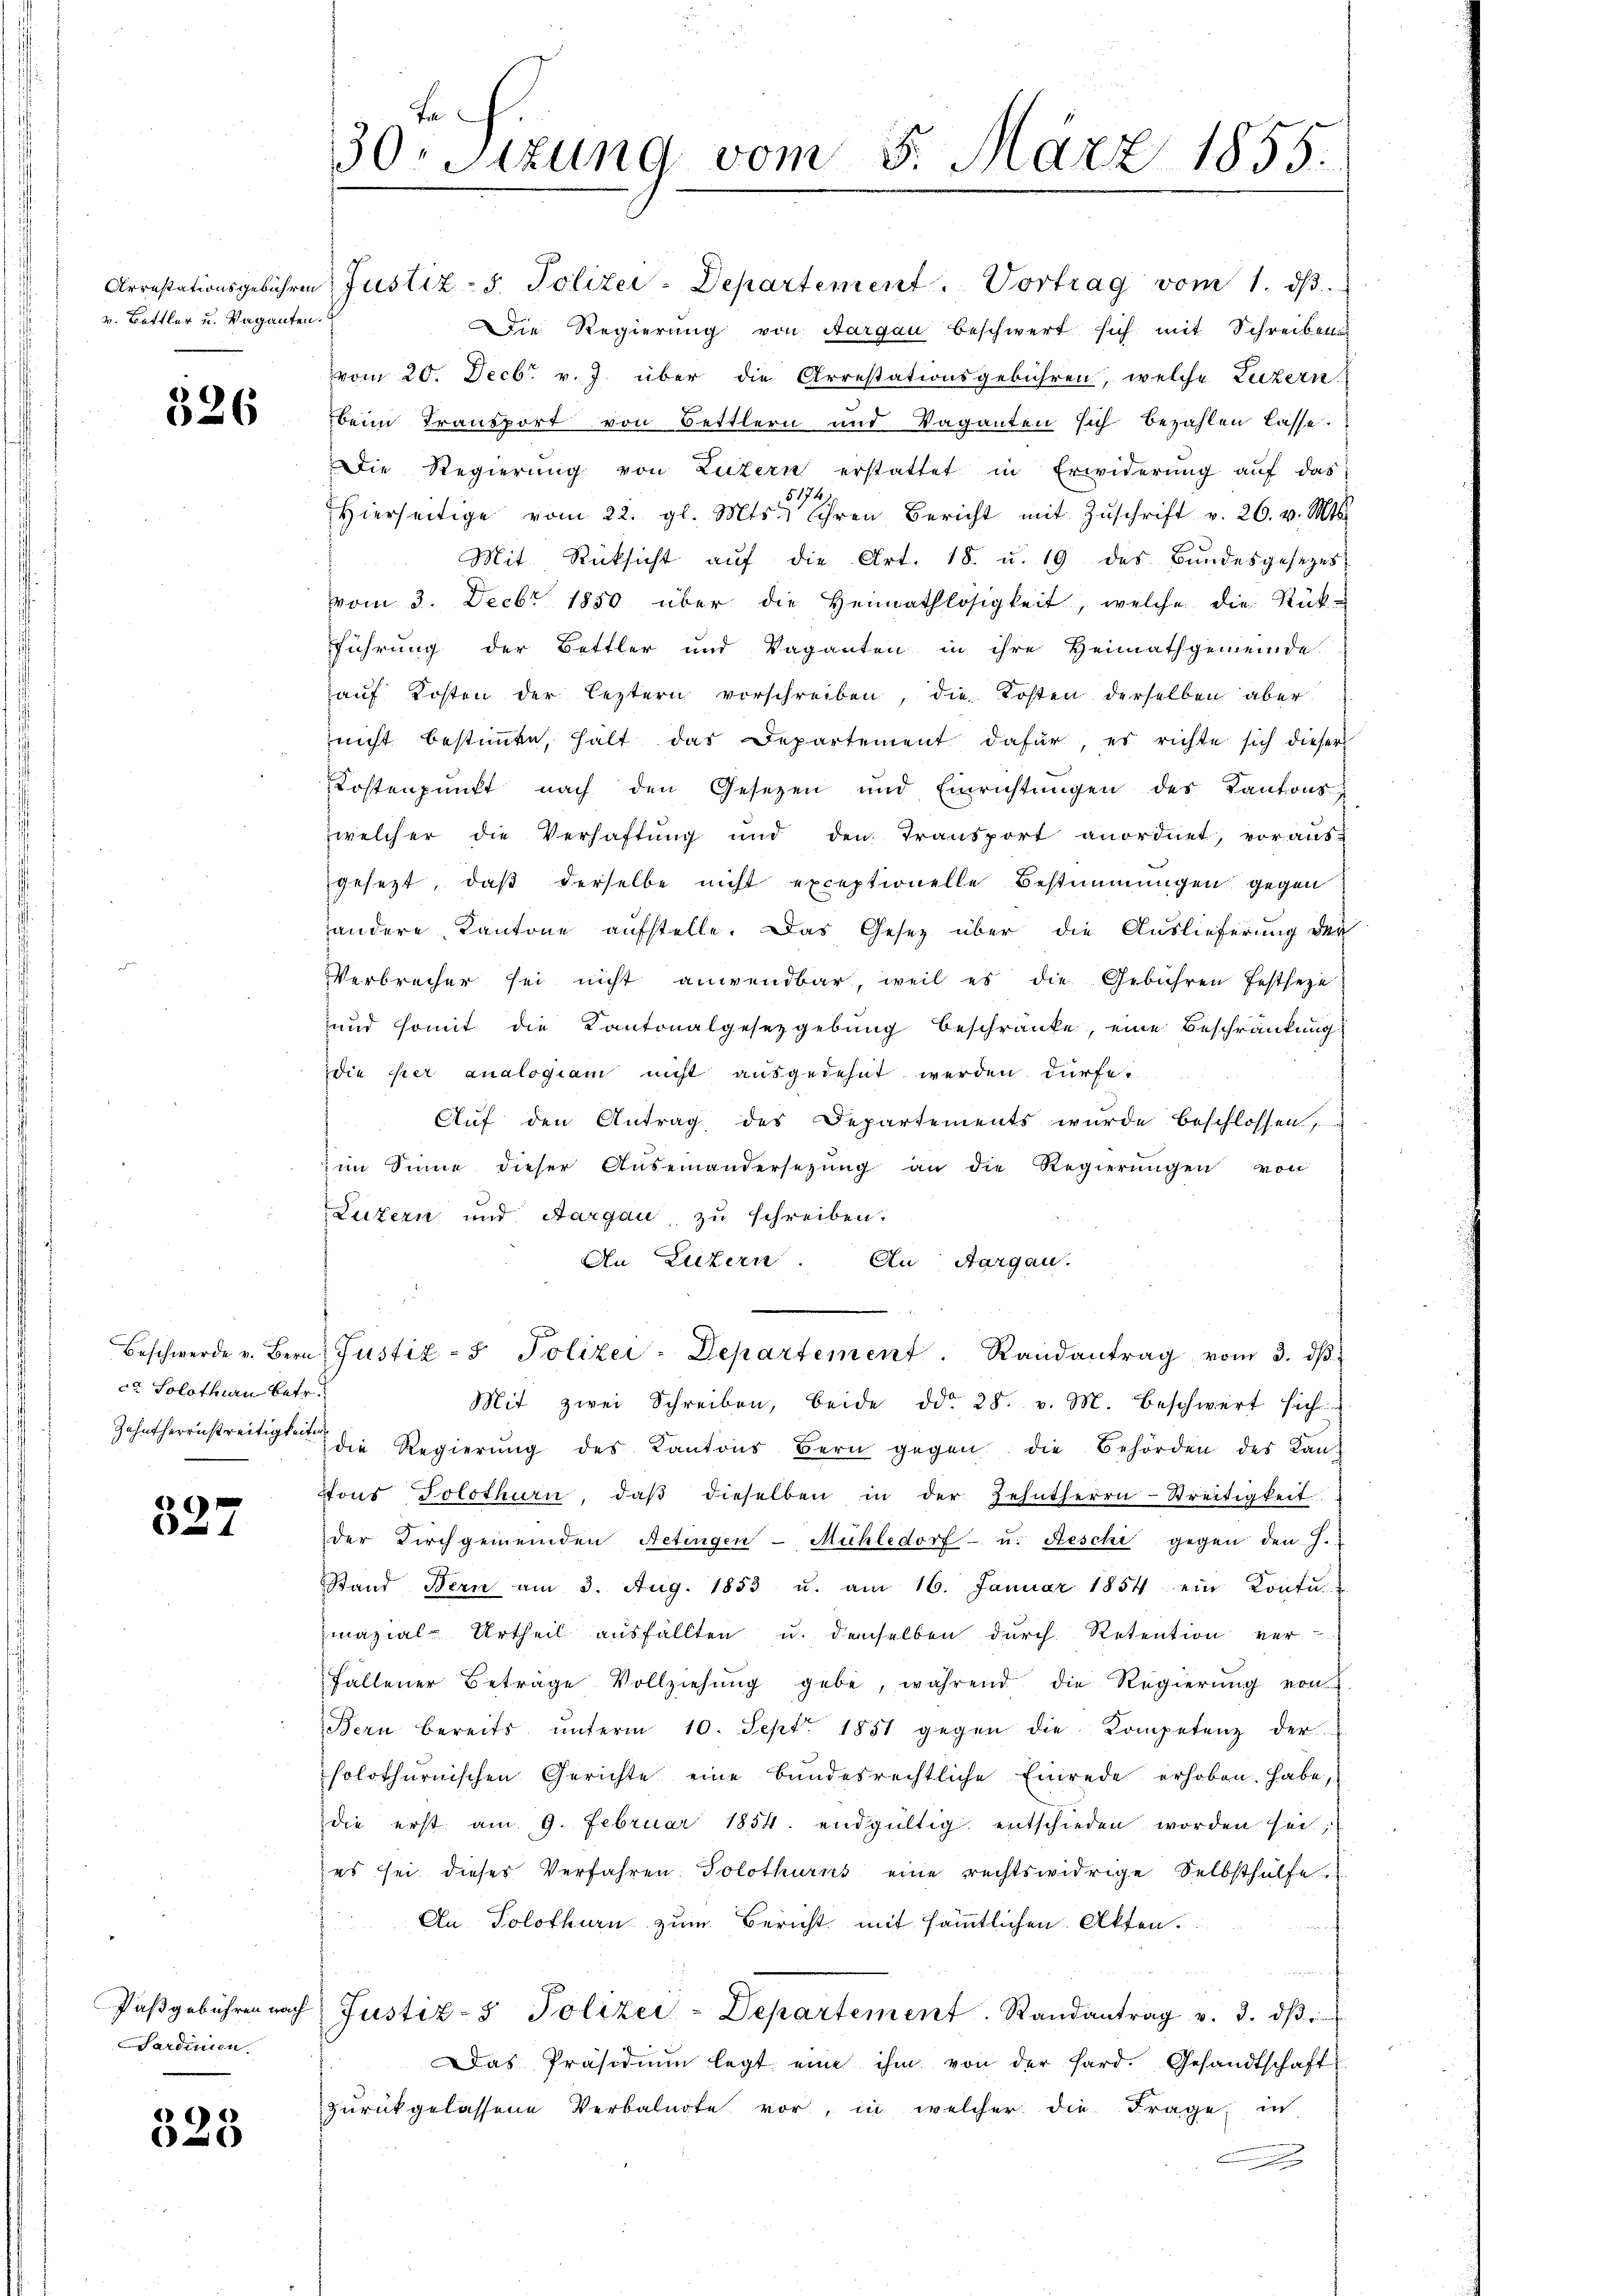
v. Bettler u. Vaganten.

526

ca Solothurn betr.

c
x

Sardinien

)
623

Arrestationsgebühren Justiz - 5. Polizei-Departement . Vortrag vom 1. ds.
Die Regierung von Aargau beschwert sich mit Schreibens
vom 20. Decbr v. J. über die Arrestationsgebühren, welche Luzern
beim Transport von Bettlern und Vaganten sich bezahlen lasse.
Die Regierung von Luzern erstattet in Erwiderung auf das
5174
hierseitige vom 22. gl. Mts. Ihren Bericht mit Zŭschrift v. 26. v. Mts.
Mit Rücksicht aŭf die Art. 18. u. 19 des Bŭndesgesezes-
vom 3. Decbr 1850 über die Heimathlosigkeit, welche die Rück-
führung der Bettler und Vaganten in ihre Heimathgemeinde
aŭf Kosten der leztern vorschreiben, die Kosten derselben aber
nicht bestimte, hält das Departement dafür, es richte sich dieser
Kostenpŭnkt nach den Gesetzen und Einrichtŭngen des Kantons
welcher die Verhaftung und den Transport anordnet, voraus-
gesezt, daß derselbe nicht exceptionelle Bestimmungen gegen
andere Kantone aufstelle. Das Gesetz über die Auslieferung der
Verbrecher sei nicht anwendbar, weil es die Gebühren festseze
und somit die Kantonalgesetzgebung beschränke, eine Beschränkung
die per analogiam nicht ausgedehnt werden dürfe.
Auf den Antrag des Departements wurde beschlossen,
im Sinne dieser Auseinandersetzŭng an die Regierŭngen von
Luzern und Aargau, zu schreiben.
An Luzern. An Aargau.
Beschwerde v. Bern, Justiz- & Polizei-Departement. Randantrag vom 3. dβ
Mit zwei Schreiben, beide ddo 25. v. M. beschwert sich
Zehntherrestreitigten die Regierŭng des Kantons Bern gegen die Behörden des Kan-
tons Solothurn, daβ dieselben in der Zehntherrn Streitigkeit
der Kirchgemeinden Netingen-Mühledorf- u. Reschi gegen den J.
Stand Bern am 3. Aug. 1853 u. am 16. Januar 1854 ein Kontu
mazial-Urtheil ausfällten u. demselben durch Retention ver-
fallener Beträge Vollziehŭng gebe, während die Regierŭng von
Bern bereits ŭnterm 10. Sept. 1851 gegen die Kompetenz der
solothurnischen Gerichte eine Bŭndesrechtliche Einrede erhoben. Habe,
die erst am 9. Februar 1854. endgültig entschieden worden sei;
es sei dieser Verfahren. Solothurns eine rechtswidrige Selbsthülfe.
An Solothurn zum Bericht mit sämmtlichen Akten.
u
Paβgebühren nach Justiz- & Polizei-Departement. Randantrag v. 3. dβ.
Das Präsidiŭm legt eine ihm von der hard. Gesandtschaft
zŭrückgelassene Verbalnote vor, in welcher die Frage, in

Fa
30. Sizung vom 5. März 1855.